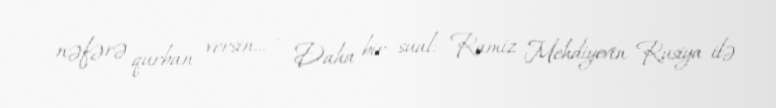
nəfərə qurban versin... - Daha bir sual: Ramiz Mehdiyevin Rusiya ilə